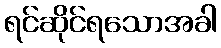
ရင်ဆိုင်ရသောအခါ